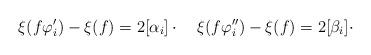
LaTeX: \begin{align*}\xi(f\varphi'_i) - \xi(f) = 2[\alpha_i]\cdot \quad\xi(f\varphi''_i) - \xi(f) = 2[\beta_i]\cdot\end{align*}